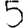
Digit: 5